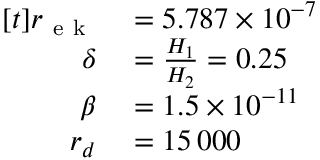
\begin{array} { r l } { [ t ] r _ { \mathrm { ~ e ~ k ~ } } } & { { } = 5 . 7 8 7 \times 1 0 ^ { - 7 } } \\ { \delta } & { { } = \frac { H _ { 1 } } { H _ { 2 } } = 0 . 2 5 } \\ { \beta } & { { } = 1 . 5 \times 1 0 ^ { - 1 1 } } \\ { r _ { d } } & { { } = 1 5 \, 0 0 0 } \end{array}